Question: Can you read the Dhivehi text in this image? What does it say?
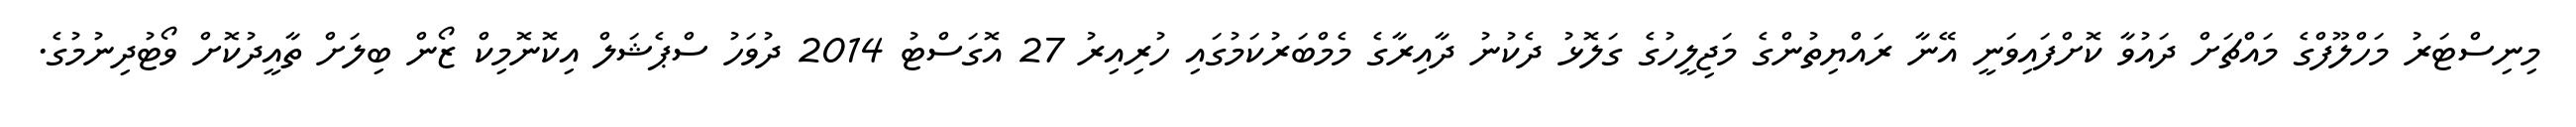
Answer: މިނިސްޓަރު މަހްލޫފްގެ މައްޗަށް ދައުވާ ކޮށްފައިވަނީ އޭނާ ރައްޔިތުންގެ މަޖިލީހުގެ ގަލޮޅު ދެކުނު ދާއިރާގެ މެމްބަރުކަމުގައި ހުރިއިރު 27 އޮގަސްޓު 2014 ދުވަހު ސްޕެޝަލް އިކޮނޮމިކް ޒޯން ބިލަށް ތާއީދުކޮށް ވޯޓުދިނުމުގެ.